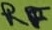
Text: RF